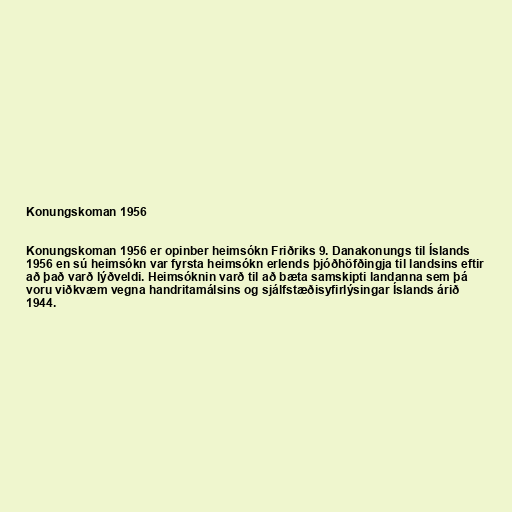
Konungskoman 1956

Konungskoman 1956 er opinber heimsókn Friðriks 9. Danakonungs til Íslands
1956 en sú heimsókn var fyrsta heimsókn erlends þjóðhöfðingja til landsins eftir
að það varð lýðveldi. Heimsóknin varð til að bæta samskipti landanna sem þá
voru viðkvæm vegna handritamálsins og sjálfstæðisyfirlýsingar Íslands árið
1944.